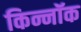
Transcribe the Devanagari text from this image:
किन्नॉक